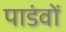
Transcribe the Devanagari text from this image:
पाडंवों